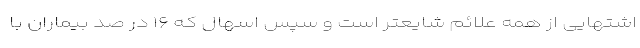
اشتهایی از همه علائم شایعتر است و سپس اسهال که ۱۶ در صد بیماران با